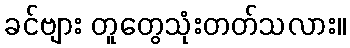
ခင်ဗျား တူတွေသုံးတတ်သလား။